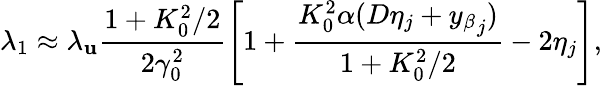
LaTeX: \lambda_{1}\approx\lambda_{\mathbf{u}}\frac{{1+K_{0}^{2}/2}}{{2\gamma_{0}^{2}}}\left[1+\frac{{K_{0}^{2}\alpha(D\eta_{j}+{y_{\beta}}_{j})}}{{1+K_{0}^{2}/2}}-2\eta_{j}\right],